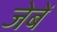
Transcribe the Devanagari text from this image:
जेबें